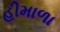
હીમાળા